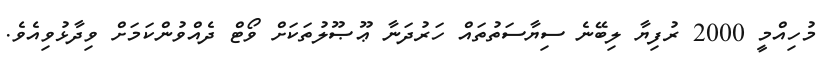
މުހިއްމީ 2000 ރުފިޔާ ލިބޭނެ ސިޔާސަތުތައް ހަރުދަނާ ޢޫޞޫލުތަކަށް ވޯޓް ދެއްވުންކަމަށް ވިދާޅުވިއެވެ.